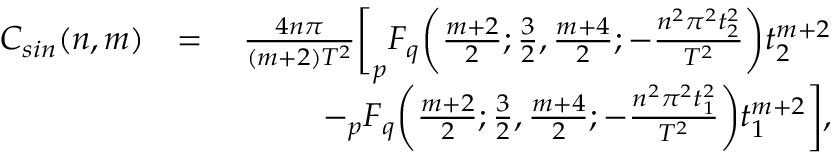
\begin{array} { r l r } { C _ { s i n } ( n , m ) } & { = } & { \frac { 4 n \pi } { ( m + 2 ) T ^ { 2 } } \bigg [ _ { p } F _ { q } \bigg ( \frac { m + 2 } { 2 } ; \frac { 3 } { 2 } , \frac { m + 4 } { 2 } ; - \frac { n ^ { 2 } \pi ^ { 2 } t _ { 2 } ^ { 2 } } { T ^ { 2 } } \bigg ) t _ { 2 } ^ { m + 2 } } \\ & { \quad } & { - _ { p } F _ { q } \bigg ( \frac { m + 2 } { 2 } ; \frac { 3 } { 2 } , \frac { m + 4 } { 2 } ; - \frac { n ^ { 2 } \pi ^ { 2 } t _ { 1 } ^ { 2 } } { T ^ { 2 } } \bigg ) t _ { 1 } ^ { m + 2 } \bigg ] , } \end{array}